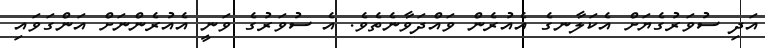
އަދި ސުވަރުގެޔަށް އެކަލާނގެ އެއުރެން ވައްދަވާނެތެވެ. އެ ސުވަރުގެ ވަނީ އެއުރެންނަށް އަންގަވައި